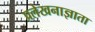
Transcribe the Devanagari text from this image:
प्रलेखनाज्ञाता